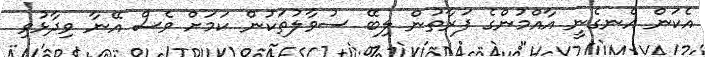
އެކަން އެނގެނީ އާއްމުންގެ ފަރާތުން ލިބޭ ސުވާލުތަކުން ކަމަށް ވެސް އޭނާ ވިދާޅުވި